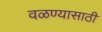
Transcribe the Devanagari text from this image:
वळण्यासाठी